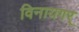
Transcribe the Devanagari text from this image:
विनायगर्